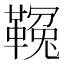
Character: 𩌑